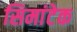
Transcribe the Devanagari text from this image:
सिमांटेक